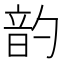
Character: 䪨